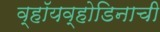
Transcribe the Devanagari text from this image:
व्हॉयव्होडिनाची